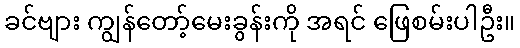
ခင်ဗျား ကျွန်တော့်မေးခွန်းကို အရင် ဖြေစမ်းပါဦး။